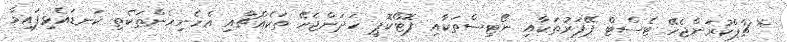
* ޗާޕްކުރަންޖެހޭ ޓެސްޓް ޕޭޕަރުތަކާއި ނޯޓިސްތަކާއި ފޮޓޯކޮޕީ ހަދަންޖެހޭ ތަކެއްޗާއި އެހެނިހެންތަކެތި ކަނޑައެޅިފައިވާ